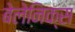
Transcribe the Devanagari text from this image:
बेलेनिक्स